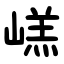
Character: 㟱